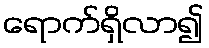
ရောက်ရှိလာ၍